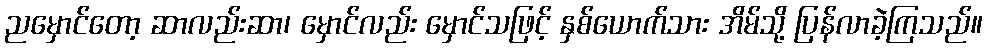
ညမှောင်တော့ ဆာလည်းဆာ၊ မှောင်လည်း မှောင်သဖြင့် နှစ်ယောက်သား အိမ်သို့ ပြန်လာခဲ့ကြသည်။